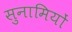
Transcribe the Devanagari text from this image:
सुनामियों